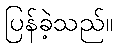
ပြန်ခဲ့သည်။